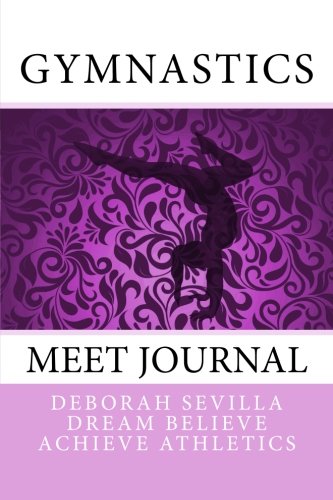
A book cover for Gymnastics Meet Journal: Girls' Edition (Dream Believe Achieve Athletics); Deborah Sevilla; Sports & Outdoors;